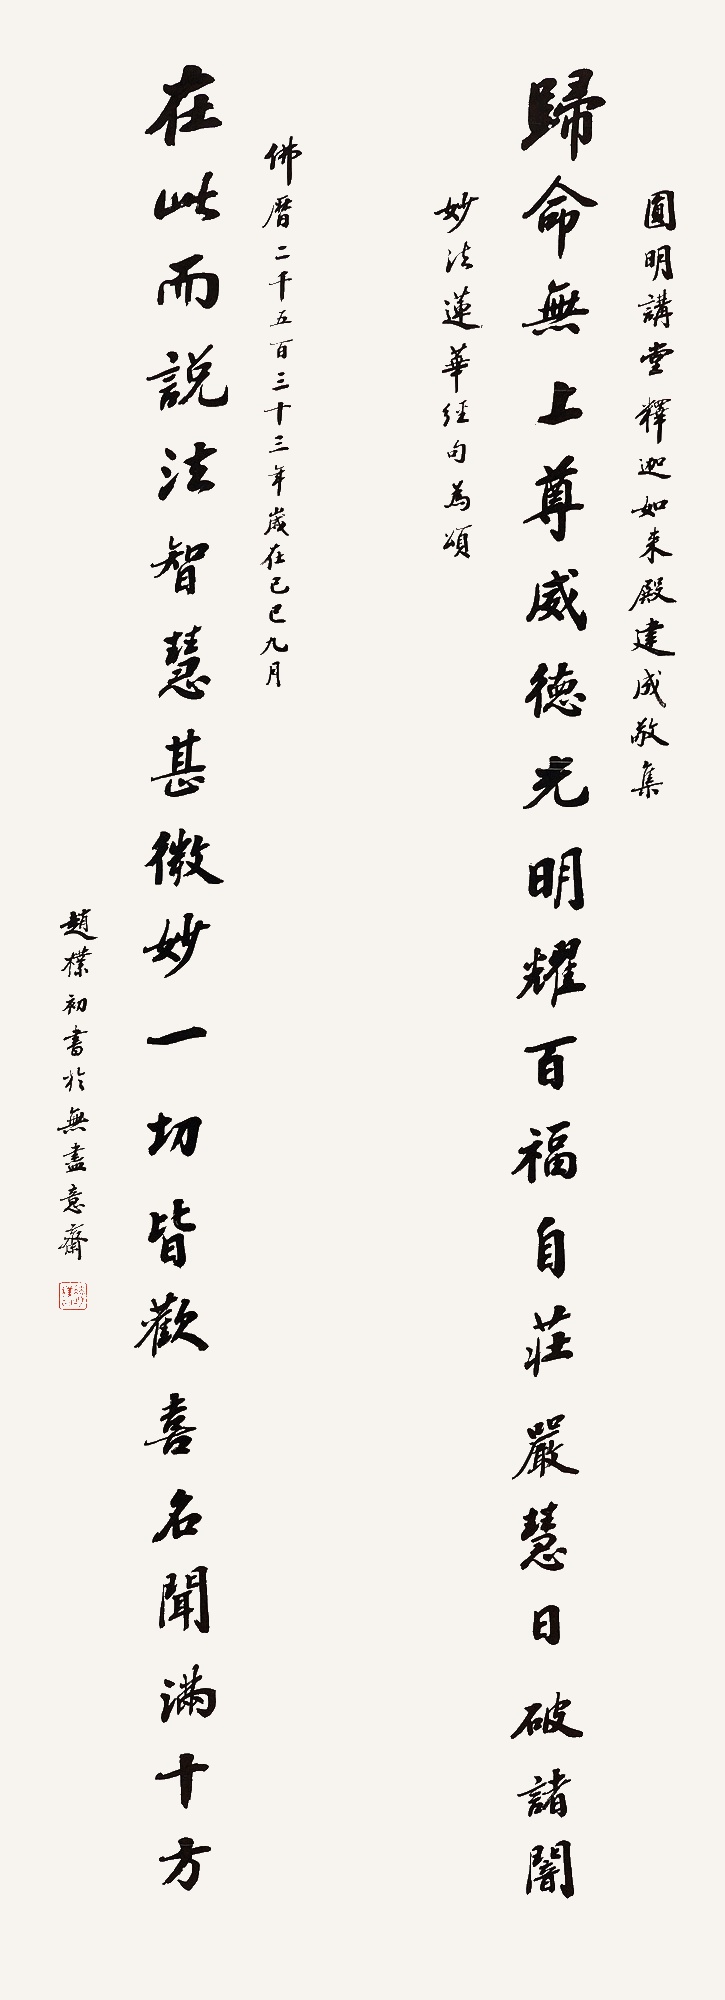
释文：归命无上尊威德光明耀百福自庄严慧日破诸暗，在此而说法智慧甚微妙一切皆欢喜名闻满十方。圆明讲堂释迦如来殿建成，敬集《妙法莲华经》句为颂，佛历二千五百三十三年岁在己巳九月，赵朴初书于无尽意斋。